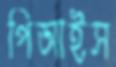
পিআইস